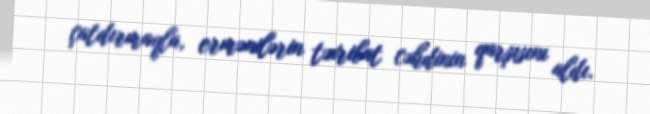
çatdırmaqla, ermənilərin təxribat cəhdinin qarşısını aldı.